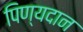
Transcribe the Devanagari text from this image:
पिण्यदान